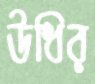
উধির